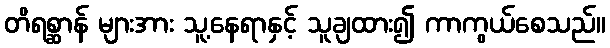
တိရစ္ဆာန် များအား သူ့နေရာနှင့် သူချထား၍ ကာကွယ်စေသည်။